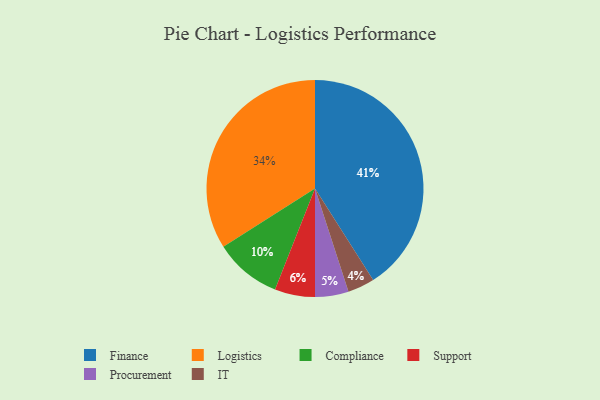
{"axis": {"x": "Category", "y": "Percentage"}, "legend": ["Compliance", "Finance", "IT", "Logistics", "Procurement", "Support"], "data": [{"x": "IT", "y": 4, "type": "IT"}, {"x": "Logistics", "y": 34, "type": "Logistics"}, {"x": "Support", "y": 6, "type": "Support"}, {"x": "Compliance", "y": 10, "type": "Compliance"}, {"x": "Finance", "y": 41, "type": "Finance"}, {"x": "Procurement", "y": 5, "type": "Procurement"}]}